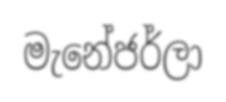
මැනේජර්ලා